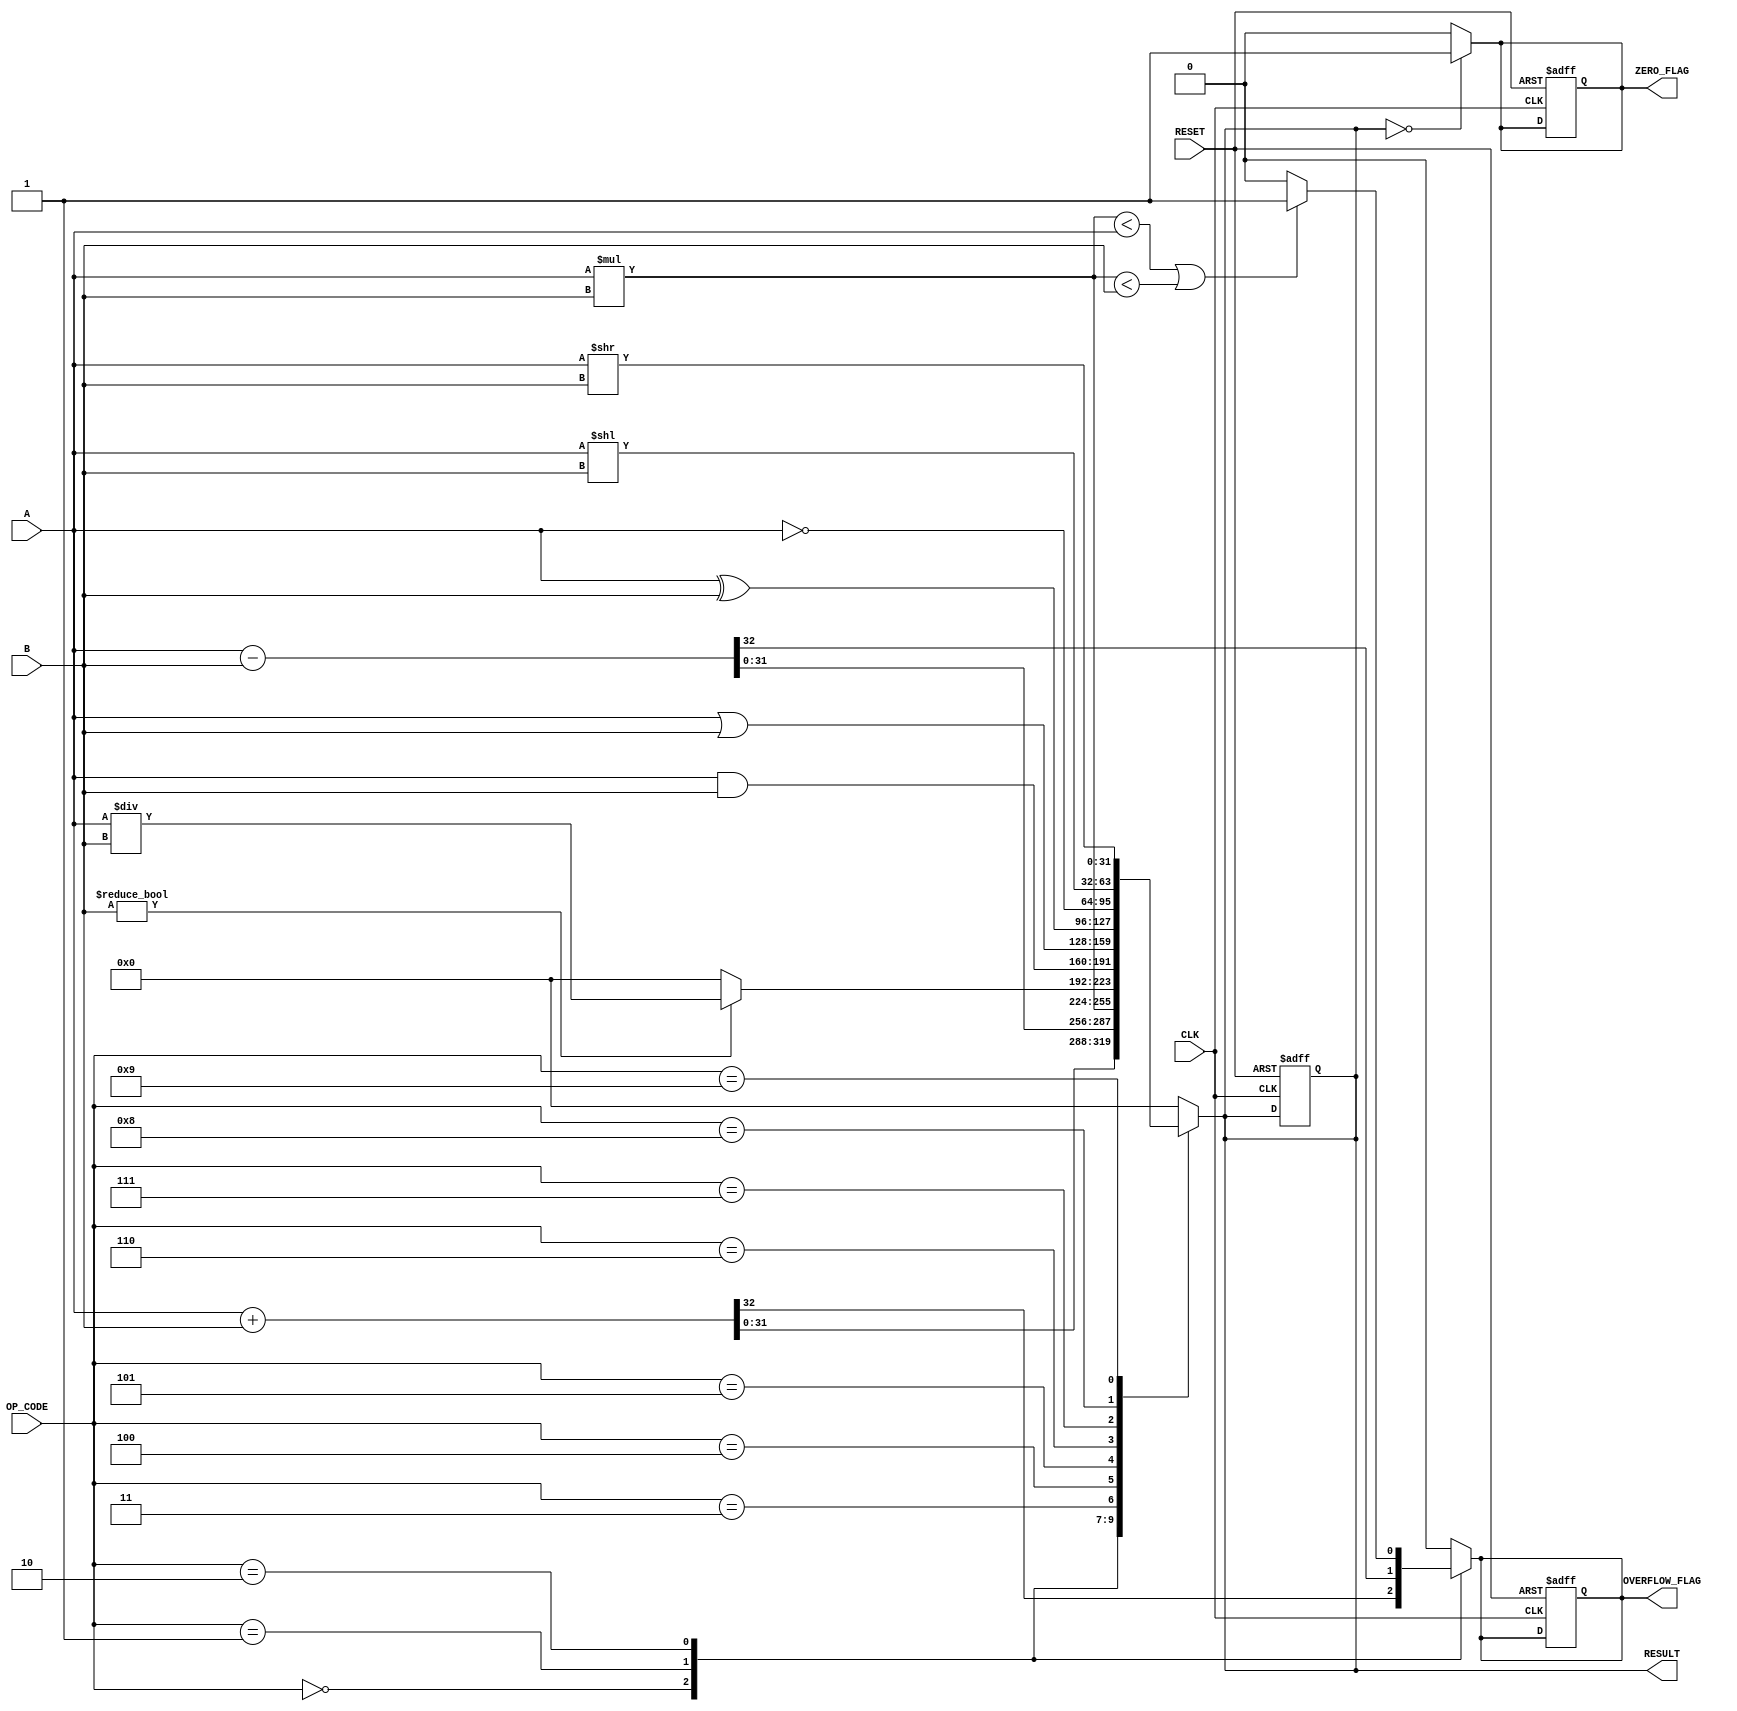
module parameterized_ALU #(
    parameter DATA_WIDTH = 32, // Default data width
    parameter OPERATION = 8     // Number of operations supported
)(
    input  wire [DATA_WIDTH-1:0] A,        // Input operand 1
    input  wire [DATA_WIDTH-1:0] B,        // Input operand 2
    input  wire [3:0] OP_CODE,              // Control signal for operation selection
    input  wire CLK,                        // Clock signal
    input  wire RESET,                      // Asynchronous reset
    output reg  [DATA_WIDTH-1:0] RESULT,   // Output result
    output reg  ZERO_FLAG,                  // Zero flag
    output reg  OVERFLOW_FLAG                // Overflow flag
);

    // Define operation codes
    localparam ADD         = 4'b0000;
    localparam SUBTRACT    = 4'b0001;
    localparam MULTIPLY    = 4'b0010;
    localparam DIVIDE      = 4'b0011;
    localparam AND         = 4'b0100;
    localparam OR          = 4'b0101;
    localparam XOR         = 4'b0110;
    localparam NOT         = 4'b0111;
    localparam SHIFT_LEFT  = 4'b1000;
    localparam SHIFT_RIGHT = 4'b1001;

    // Combinational logic to perform operations
    always @* begin
        // Default values
        RESULT = 0;
        ZERO_FLAG = 0;
        OVERFLOW_FLAG = 0;

        case (OP_CODE)
            ADD: begin
                {OVERFLOW_FLAG, RESULT} = A + B; // Capture overflow
            end
            SUBTRACT: begin
                {OVERFLOW_FLAG, RESULT} = A - B; // Capture overflow
            end
            MULTIPLY: begin
                RESULT = A * B;
                // Overflow detection for multiplication can be more complex
                if (RESULT < A || RESULT < B) begin
                    OVERFLOW_FLAG = 1;
                end
            end
            DIVIDE: begin
                if (B != 0) begin
                    RESULT = A / B;
                end else begin
                    RESULT = 0; // Handle division by zero
                end
            end
            AND: begin
                RESULT = A & B;
            end
            OR: begin
                RESULT = A | B;
            end
            XOR: begin
                RESULT = A ^ B;
            end
            NOT: begin
                RESULT = ~A;
            end
            SHIFT_LEFT: begin
                RESULT = A << B[DATA_WIDTH-1:0]; // B should be treated as a number of positions
            end
            SHIFT_RIGHT: begin
                RESULT = A >> B[DATA_WIDTH-1:0]; // B should be treated as a number of positions
            end
            default: begin
                RESULT = 0; // Default case
            end
        endcase

        // Set the zero flag
        if (RESULT == 0) begin
            ZERO_FLAG = 1;
        end
    end

    // Sequential logic for output registers
    always @(posedge CLK or posedge RESET) begin
        if (RESET) begin
            RESULT <= 0;
            ZERO_FLAG <= 0;
            OVERFLOW_FLAG <= 0;
        end else begin
            // Register the results
            // The combinational logic already sets RESULT, ZERO_FLAG, and OVERFLOW_FLAG
        end
    end

endmodule